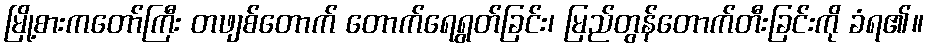
မြို့စားကတော်ကြီး တဖျစ်တောက် တောက်ရေရွတ်ခြင်း၊ မြည်တွန်တောက်တီးခြင်းကို ခံရ၏။